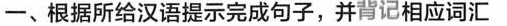
一、根据所给汉语提示完成句子,并背记相应词汇